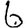
Digit: 6